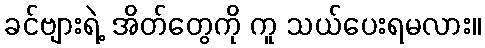
ခင်ဗျားရဲ့ အိတ်တွေကို ကူ သယ်ပေးရမလား။